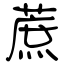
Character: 蔗